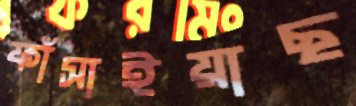
ফাঁসাইয়াছ